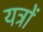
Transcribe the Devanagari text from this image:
यत्रों